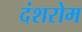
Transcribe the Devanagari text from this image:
दंशरोम